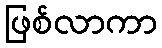
ဖြစ်လာကာ